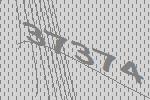
37374